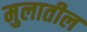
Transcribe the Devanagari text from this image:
मुलातील